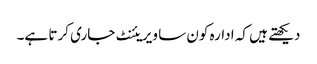
دیکھتے ہیں کہ ادارہ کون سا ویریئنٹ جاری کرتا ہے۔